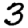
Digit: 3